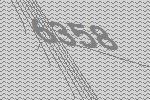
6358